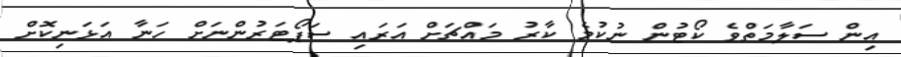
އިން ސަލާމަތްވެ ކޯޓުން ނުކުމެ ކާރު މައްޗަށް އަރައި ސަޕޯޓަރުންނަށް ހަނާ އަޅަނިކޮށް